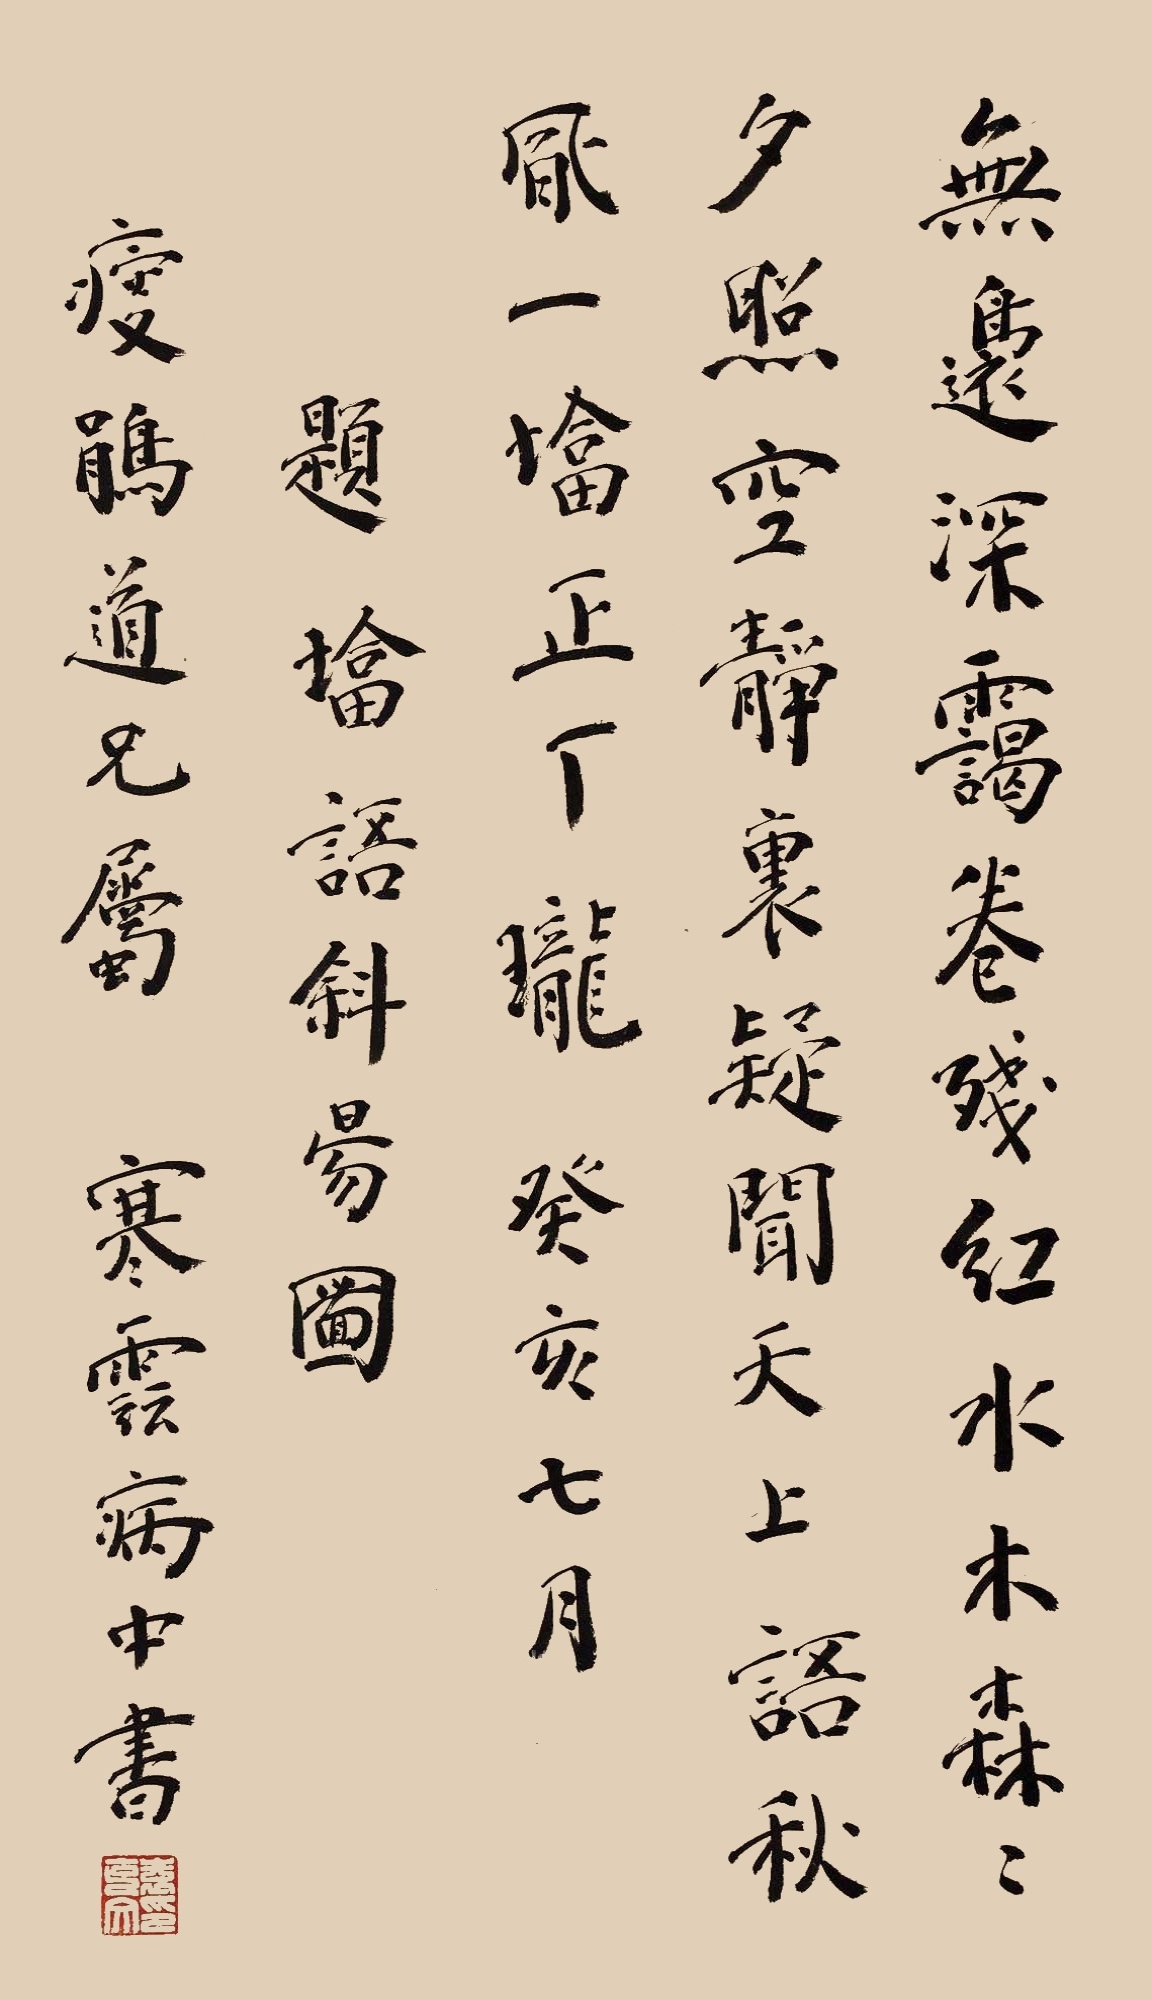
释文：无边深霭卷残红，水木森森夕照空。静裹疑问天上语，秋风一垱正厂珑。癸亥七月，题垱语斜易图，瘦鹃道兄属，寒云病中书。